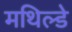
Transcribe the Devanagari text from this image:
मथिल्डे